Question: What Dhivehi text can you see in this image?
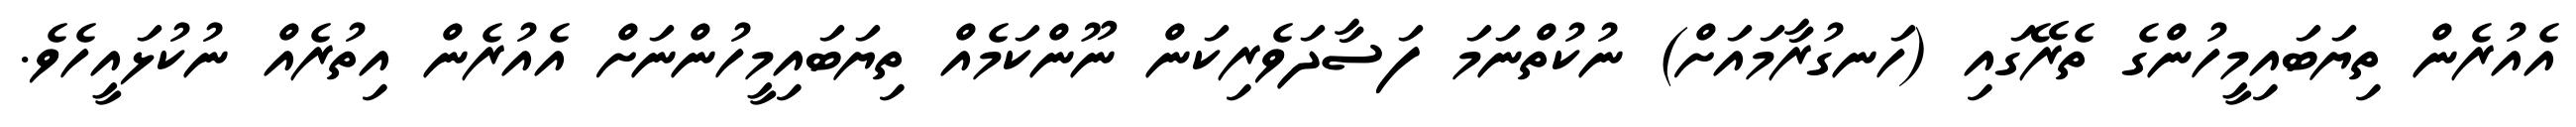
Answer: އެއުރެން ތިޔަބައިމީހުންގެ ތެރޭގައި (ހަނގުރާމައަށް) ނުކުތްނަމަ ފަސާދަވެރިކަން ނޫންކަމެއް ތިޔަބައިމީހުންނަށް އެއުރެން އިތުރެއް ނުކުޅައީހެވެ.